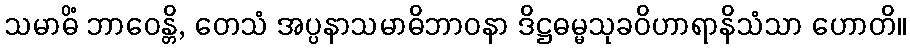
သမာဓိံ ဘာဝေန္တိ, တေသံ အပ္ပနာသမာဓိဘာဝနာ ဒိဋ္ဌဓမ္မသုခဝိဟာရာနိသံသာ ဟောတိ။